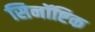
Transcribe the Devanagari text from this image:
सिनॉष्टिक